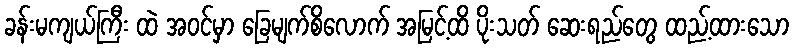
ခန်းမကျယ်ကြီး ထဲ အဝင်မှာ ခြေမျက်စိလောက် အမြင့်ထိ ပိုးသတ် ဆေးရည်တွေ ထည့်ထားသော